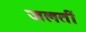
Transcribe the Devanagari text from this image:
जलतीं